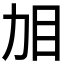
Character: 𱲤